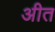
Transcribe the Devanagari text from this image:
अीत